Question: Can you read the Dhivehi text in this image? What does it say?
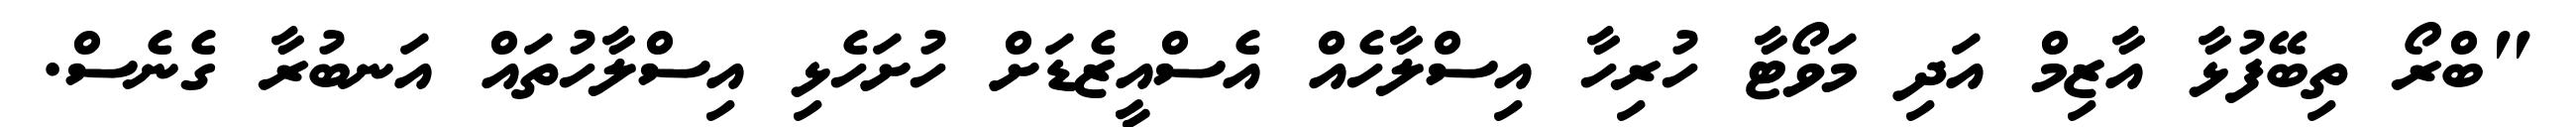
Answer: "ބްރޯ ތިބޭފުޅާ އާޒިމް އަދި މަވޯޓާ ހުރިހާ އިސްލާހެއް އެސްއީޒެޑަށް ހުށަހެޅި އިސްލާހުތައް އަނބުރާ ގެނެސް.